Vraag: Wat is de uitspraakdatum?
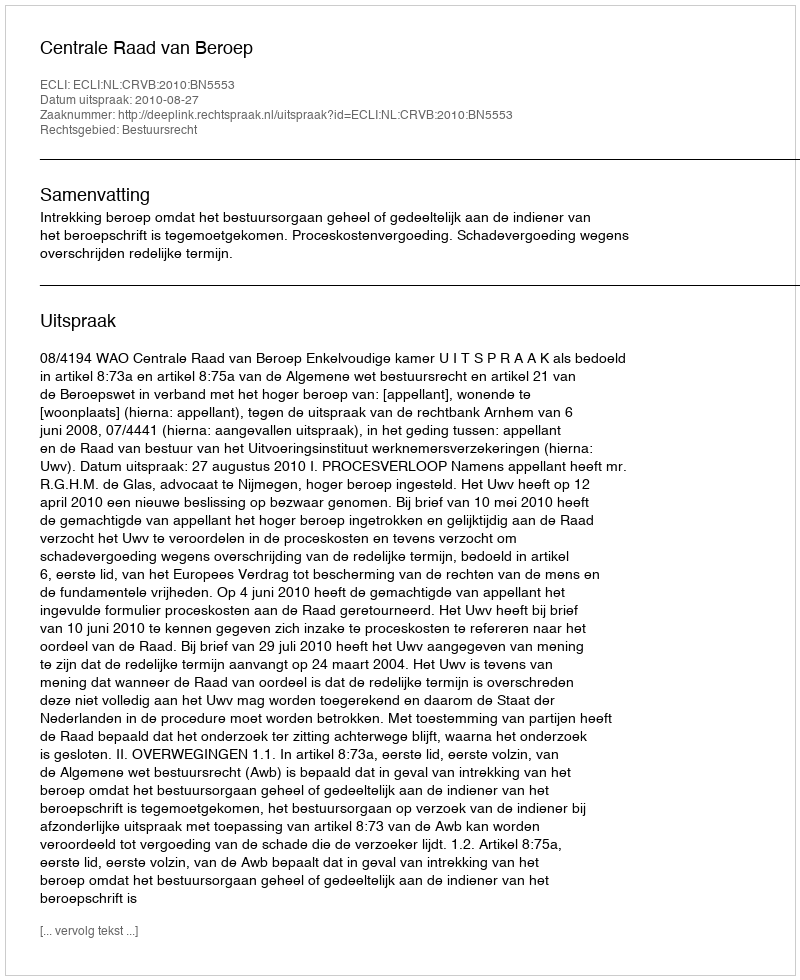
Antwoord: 2010-08-27